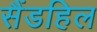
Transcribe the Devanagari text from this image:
सैंडहिल